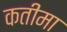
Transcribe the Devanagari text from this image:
कतीमा